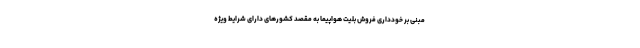
مبنی بر خودداری فروش بلیت هواپیما به مقصد کشورهای دارای شرایط ویژه